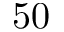
5 0